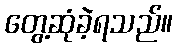
တွေ့ဆုံခဲ့ရသည်။